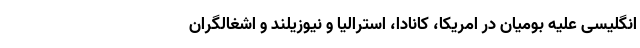
انگلیسی علیه بومیان در امریکا، کانادا، استرالیا و نیوزیلند و اشغالگران